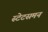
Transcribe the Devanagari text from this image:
स्टेटसमन